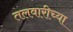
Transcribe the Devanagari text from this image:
तलवारीच्‍या